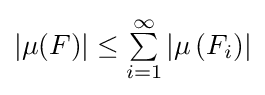
|\mu (F)|\leq \textstyle \sum \limits _{i=1}^{\infty }\left|\mu \left(F_{i}\right)\right|